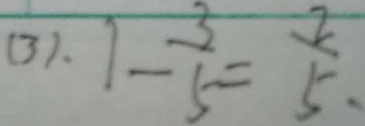
( 3 ) . 1 - \frac { 3 } { 5 } = \frac { 2 } { 5 }